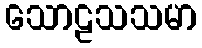
သောဠသသမာ